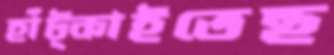
হাঁট্‌কাইতেছ